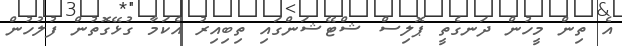
އެ ތިން މީހުން ދަނގެތީ ޕޮލިސް ޝްޓޭޝަންގައި ތިބިއިރު އެކަމާ ގުޅޭގޮތުން ފުލުހުން